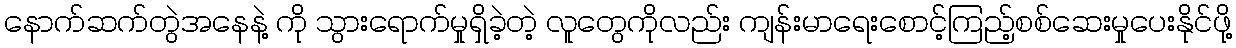
နောက်ဆက်တွဲအနေနဲ့ ကို သွားရောက်မှုရှိခဲ့တဲ့ လူတွေကိုလည်း ကျန်းမာရေးစောင့်ကြည့်စစ်ဆေးမှုပေးနိုင်ဖို့